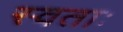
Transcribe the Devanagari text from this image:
स्वताः